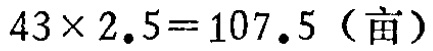
\(43\times 2.5 = 107.5 \ (\text{亩})\)